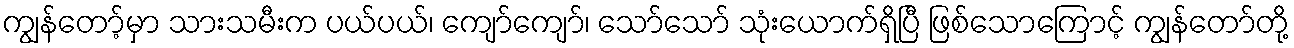
ကျွန်တော့်မှာ သားသမီးက ပယ်ပယ်၊ ကျော်ကျော်၊ သော်သော် သုံးယောက်ရှိပြီ ဖြစ်သောကြောင့် ကျွန်တော်တို့